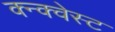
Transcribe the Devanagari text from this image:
क्न्क्वेस्ट